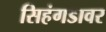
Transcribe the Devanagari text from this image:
सिहंगडावर